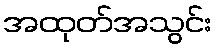
အထုတ်အသွင်း